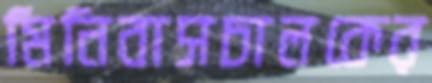
মিনিবাসচালকের